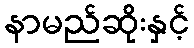
နာမည်ဆိုးနှင့်